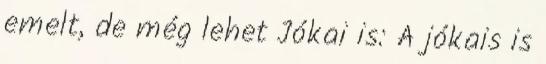
emelt, de még lehet Jókai is: A jókais is